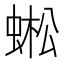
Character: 蜙